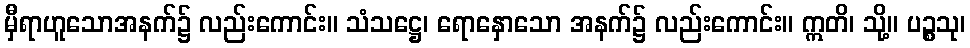
မှီရာဟူသောအနက်၌ လည်းကောင်း။ သံသဋ္ဌေ၊ ရောနှောသော အနက်၌ လည်းကောင်း။ ဣတိ၊ သို့။ ပဉ္စသု၊